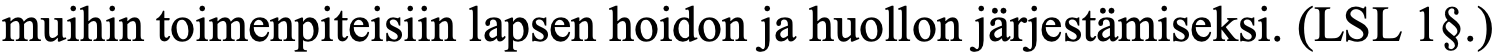
muihin toimenpiteisiin lapsen hoidon ja huollon järjestämiseksi. (LSL 1§.)